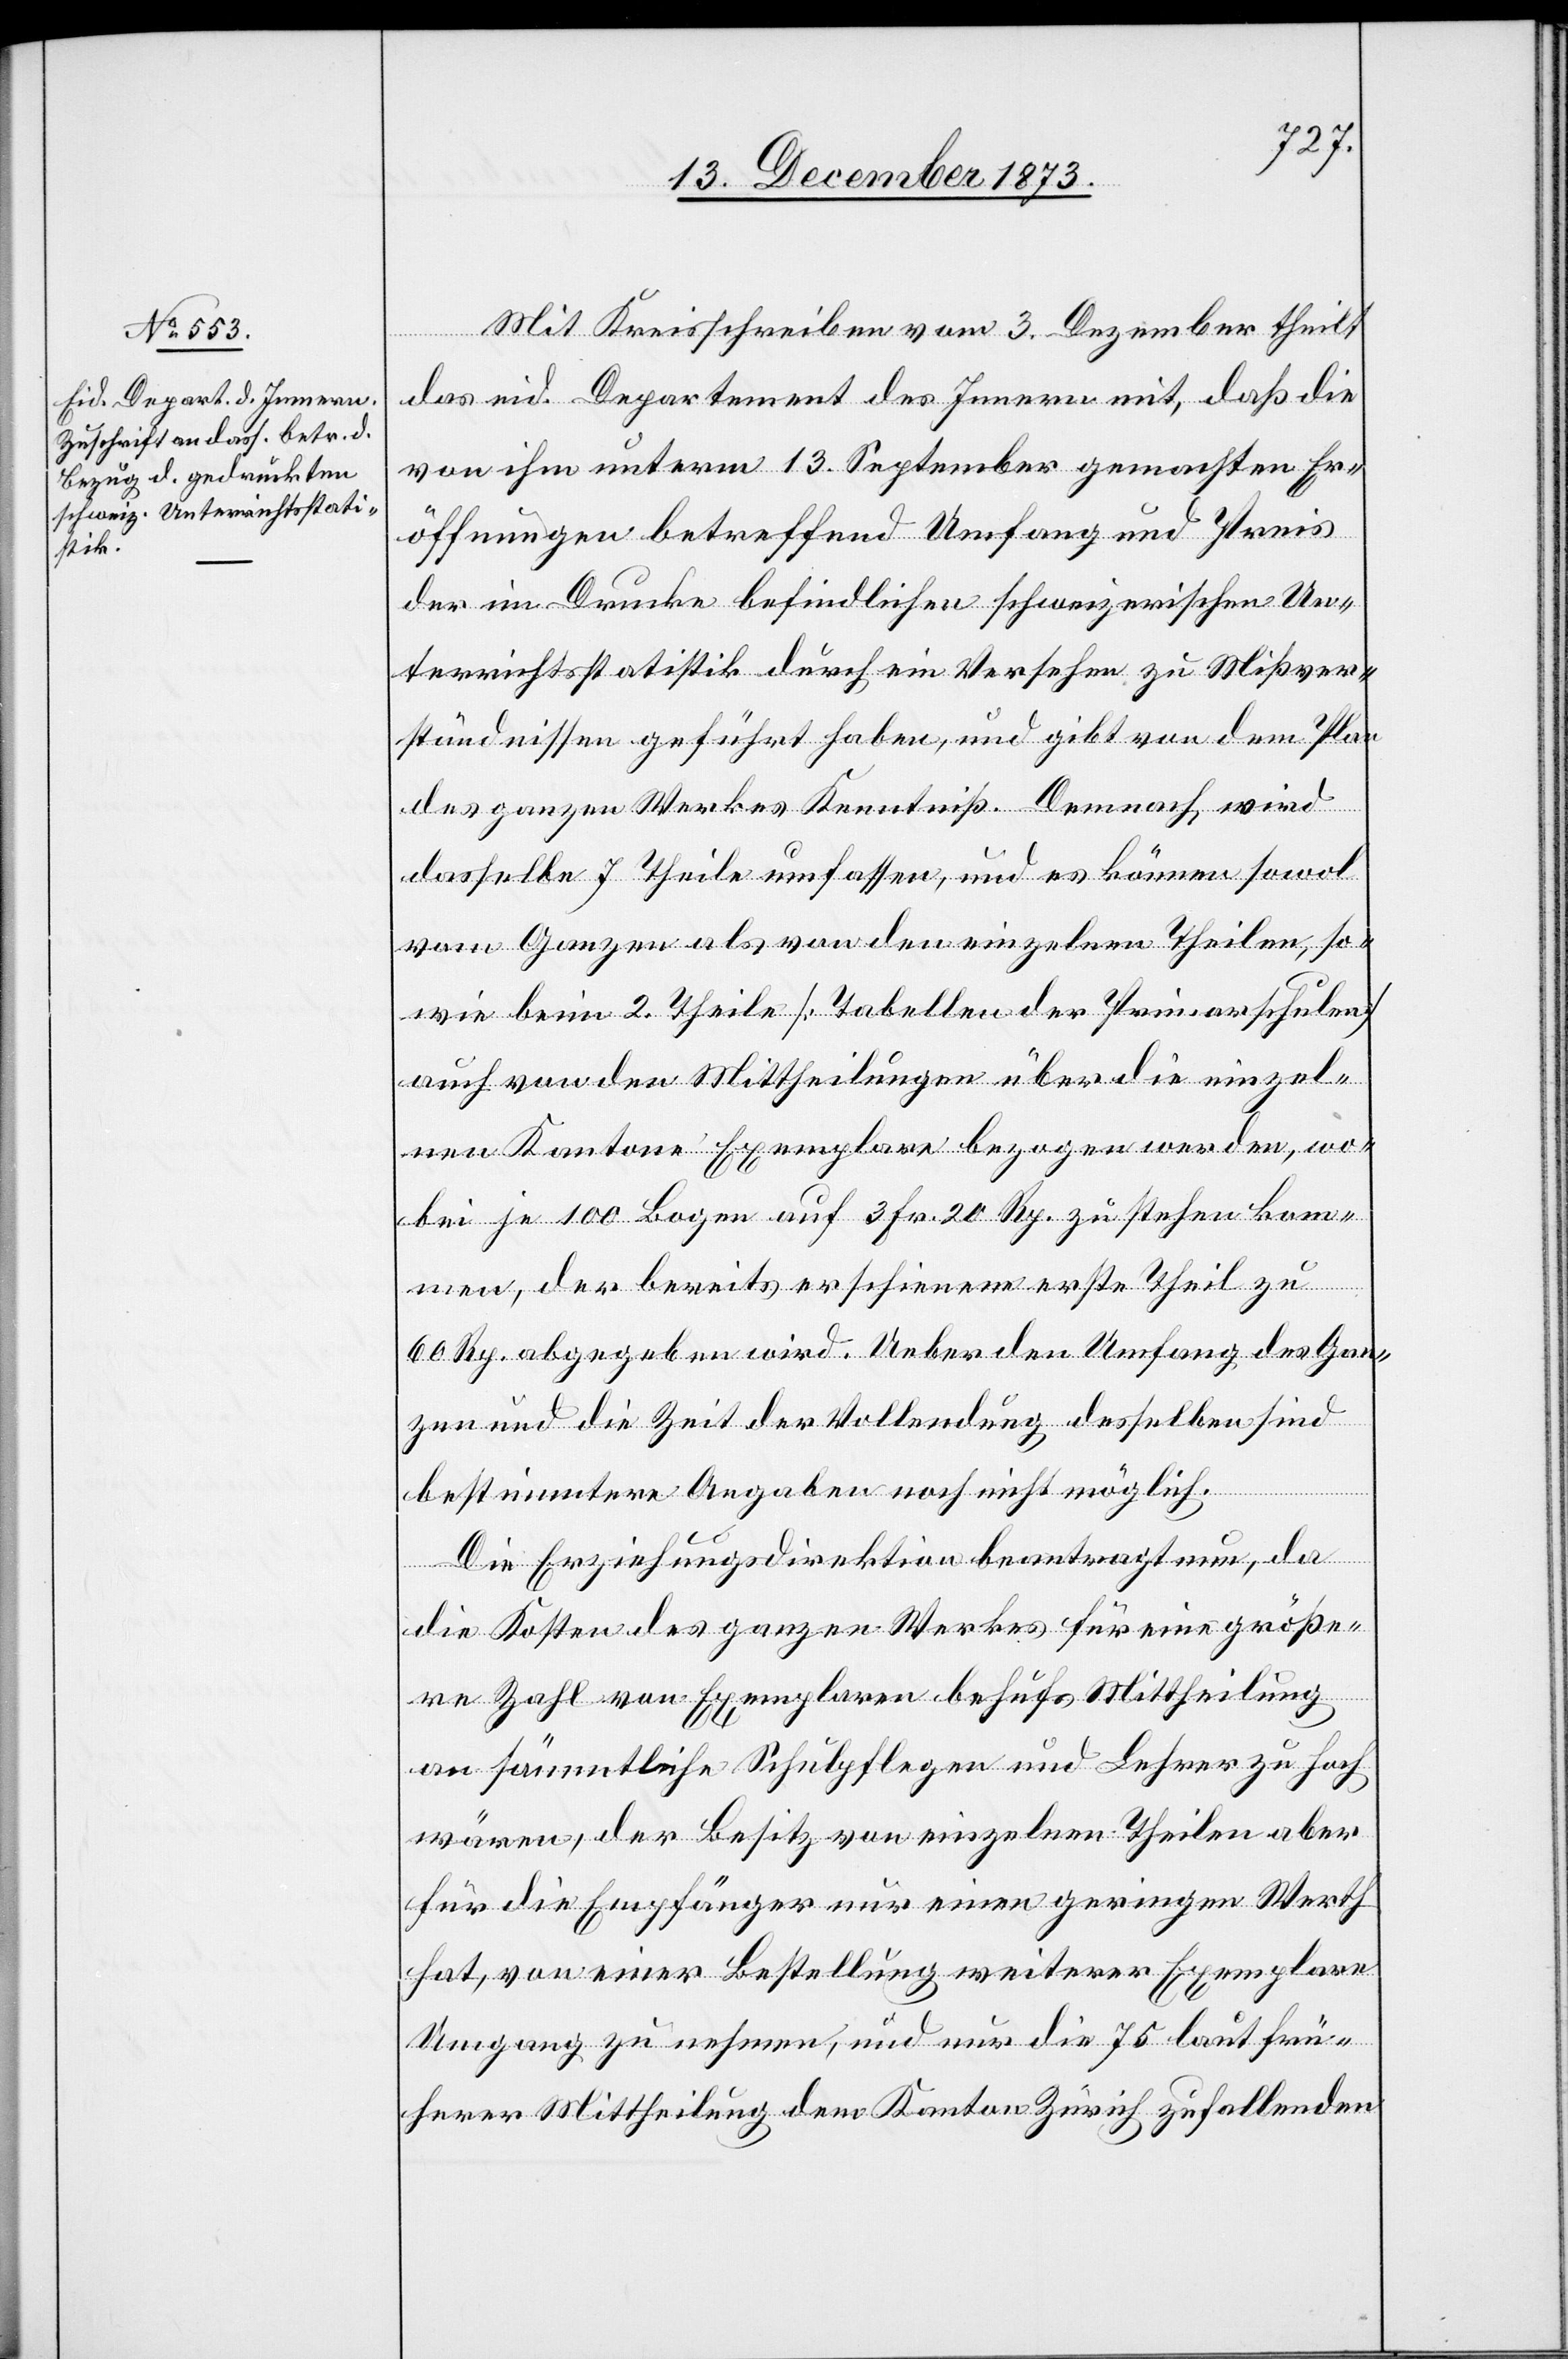
Mit Kreisschreiben vom 3. Dezember theilt
das eid. Departement des Innern mit, daß die
von ihm unterm 13. September gemachten Er¬
öffnungen betreffend Umfang und Preis
der im Drucke befindlichen schweizerischen Un¬
terrichtsstatistik durch ein Versehen zu Mißver¬
ständnissen geführt haben, und gibt von dem Plan
des ganzen Werkes Kenntniß. Demnach wird
dasselbe 7 Theile umfassen, und es können sowol
vom Ganzen als von den einzelnen Theilen, so¬
wie beim 2. Theile [Tabellen der Primarschulen]
auch von den Mittheilungen über die einzel¬
nen Kantone Exemplare bezogen werden, wo¬
bei je 100 Bogen auf 3 Fr. 20 Rp. zu stehen kom¬
men, der bereits erschienene erste Theil zu
60 Rp. abgegeben wird. Ueber den Umfang des Gan¬
zen und die Zeit der Vollendung desselben sind
bestimmtere Angaben noch nicht möglich.
Die Erziehungsdirektion beantragt nun, da
die Kosten des ganzen Werkes für eine größe¬
re Zahl von Exemplaren behufs Mittheilung
an sämmtliche Schulpflegen und Lehrer zu hoch
wären, der Besitz von einzelnen Theilen aber
für die Empfänger nur einen geringen Werth
hat, von einer Bestellung weiterer Exemplare
Umgang zu nehmen, und nur die 75 laut frü¬
herer Mittheilung dem Kanton Zürich zufallenden